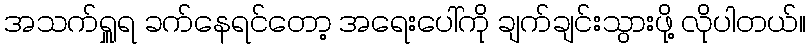
အသက်ရှူရ ခက်နေရင်တော့ အရေးပေါ်ကို ချက်ချင်းသွားဖို့ လိုပါတယ်။